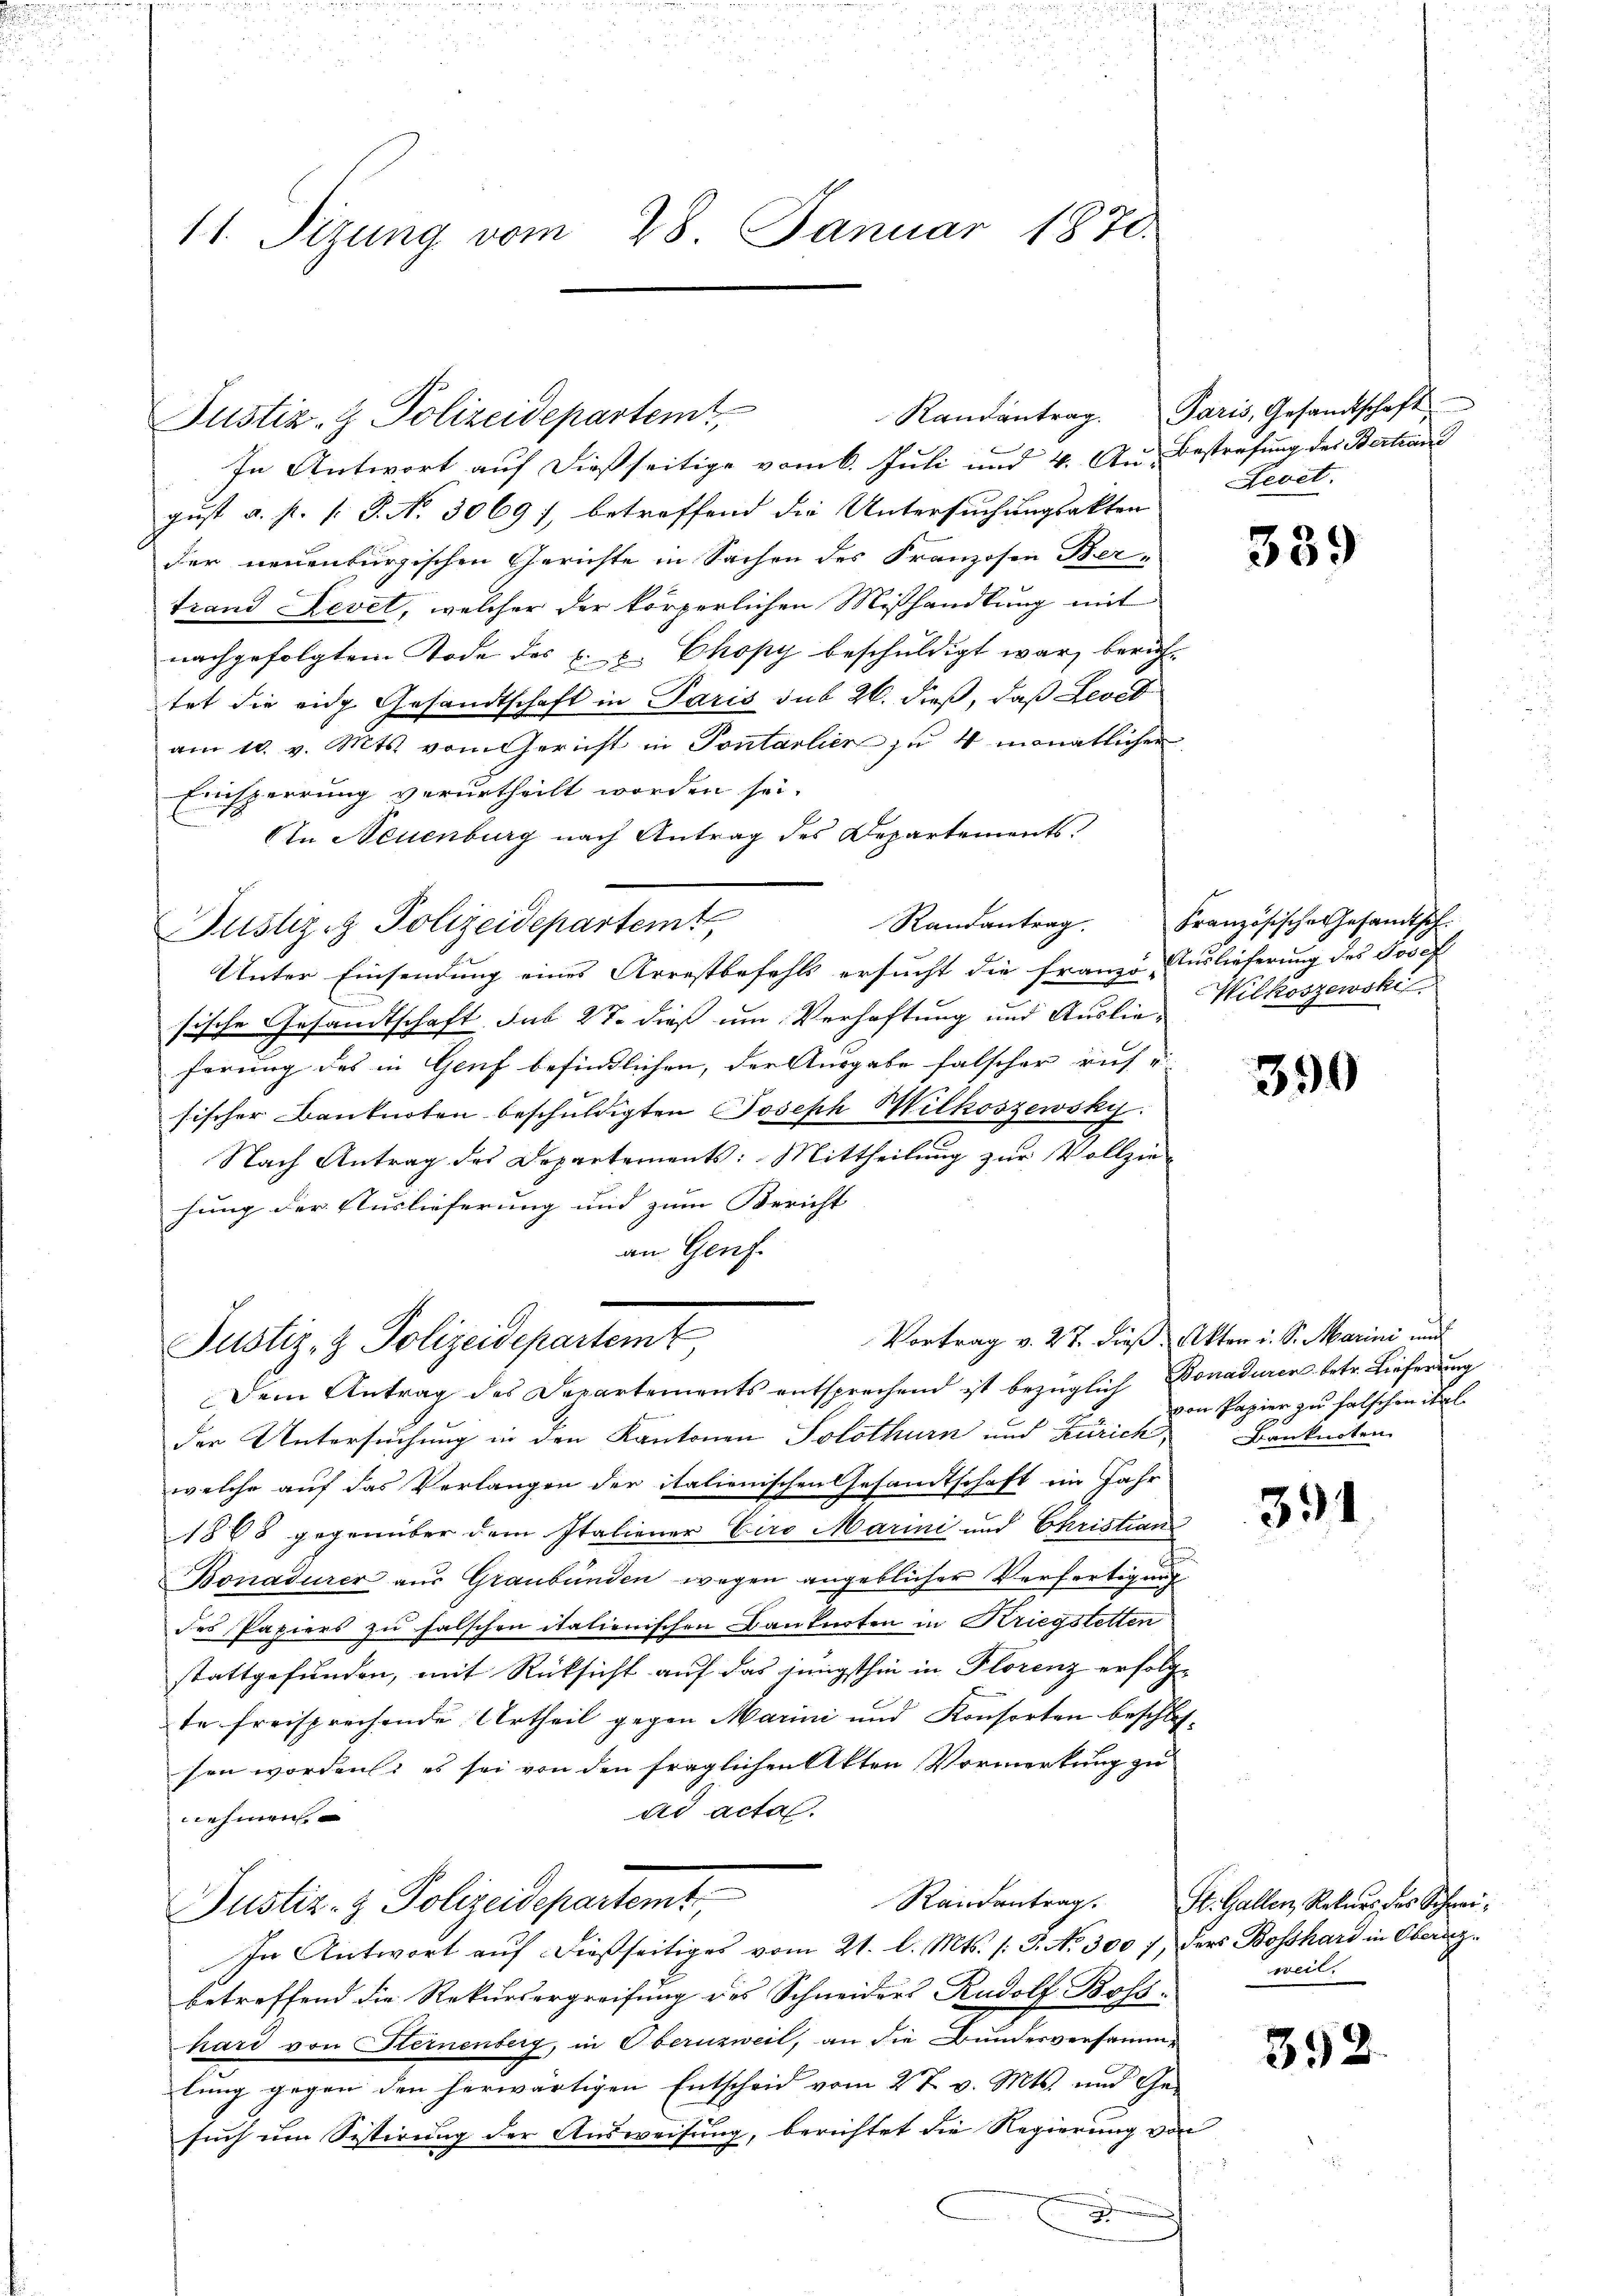
11. Sizung vom 28. Januar 1870.

In Antwort auf dießseitige vom 6. Juli und 4. A. Bestrafung des Bertiani
gust a. p. P. P. N. 3069), betreffend die Untersuchungsakten
der neuenburgischen Gerichte in Sachen des Franzosen Ber-
trand Level, welcher der körperlichen Mißhandlung mit
nachgefolgtem Tode des E. u. Chopy beschuldigt war, berühtet die ein Gesandtschaft in Paris sub 26. dieß, daß Leodb
am 10. v. Mts. vom Gericht in Pontarlier zu 4 monatlicher
Einsperrung verurtheilt worden sei.
In Neuenburg nach Antrag des Departements.
Randantrag. Französische Gesamtsch-
Justiz & Polizeidepartemt
Unter Einsendung eines Arrestbefehls ersucht die Franze Auslieferung des Josef
sische Gesandtschaft sub 27. dieß um Verhaftung und Auslie Wilkoszowski
ferung des in Genf befindlichen, der Ausgabe falscher rief u |
sischer Banknoten beschuldigten Joseph Wilkoszewsky:
Nach Antrag des Departements: Mittheilung zur Vollzie-
hung der Auslieferung und zum Bericht |
an Genf.

Justiz- & Polizeidepartemt

der Untersuchung in den Kantonen Solothurn und Zürich Banknoten
welche auf das Verlangen der italienischen Gesandtschaft im Jahr
1868 gegenüber dem Italiener Ciro Marini und Christian
Bonaturer aus Graubünden wegen angeblicher Verfertigung
des Papiers zu falschen italienischen Baukarten in Kriegstetten
stattgefunden, mit Rücksicht auf das jüngsthin in Florenz erfolgte freisprechende Urtheil gegen Marini und Konsorten beschlossen worden; es sei von den fraglichen Akten Vormerkung zu
ad acta.
nehmen
Justiz- & Polizeidepartemt,
In Antwort auf dießseitiges vom 21. l. Mts. /: 3. No. 300 7) ders Bosshard in Oberarzbetreffend die Rekursergreifung des Schneiders Rudolf Boss-
hard von Sternenberg, in Obernzweil, an die Bundesversammlung gegen den herwärtigen Entscheid vom 27. v. Mts. und Ge-
such um Sistirung der Ausweisung, berichtet die Regierung von

Justiz- & Polizeidepartemt,
Dem Antrag des Departements entsprechend ist bezüglich Donadurer betr. Lieferung

Randantrag. Paris, Gesandtschaft
Bevet.

339

390

Vortrag v. 27. dieß Akten i. Sr. Marini und
von Papier zu falschen ital.

391

Randantrag. St. Gallen, Rekurs des Schweiweil,

392.